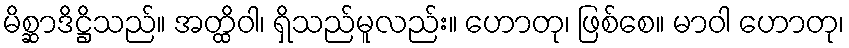
မိစ္ဆာဒိဋ္ဌိသည်။ အတ္ထိဝါ၊ ရှိသည်မူလည်း။ ဟောတု၊ ဖြစ်စေ။ မာဝါ ဟောတု၊